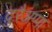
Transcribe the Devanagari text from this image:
दुरैअप्पा